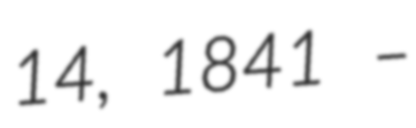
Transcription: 14, 1841 –